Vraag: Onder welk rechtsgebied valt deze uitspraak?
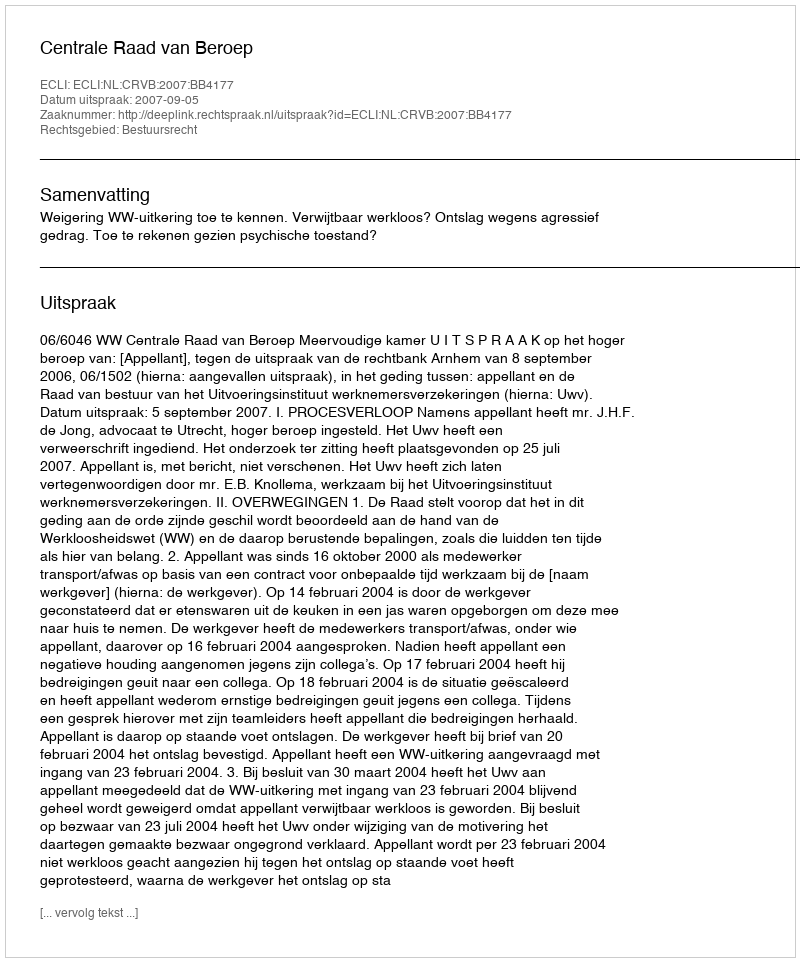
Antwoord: Bestuursrecht